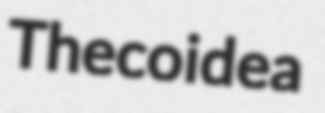
Thecoidea